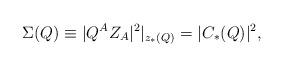
LaTeX: \begin{align*} \Sigma(Q) \equiv |Q^A Z_A|^2 |_{z_*(Q)} = |C_*(Q)|^2,\end{align*}